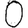
Digit: 0